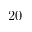
2 0